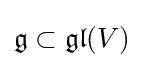
{\mathfrak {g}}\subset {\mathfrak {gl}}(V)